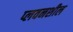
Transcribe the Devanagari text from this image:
प्लवनशील